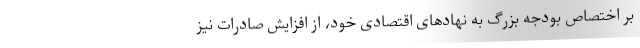
بر اختصاص بودجه بزرگ به نهادهای اقتصادی خود، از افزایش صادرات نیز